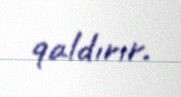
qaldırır.